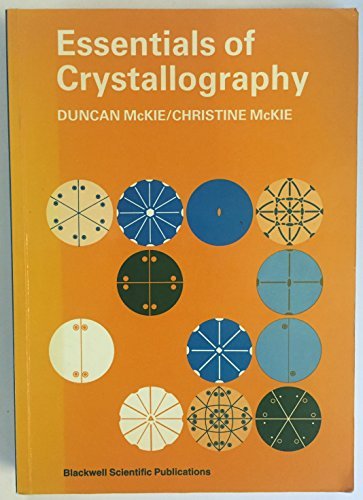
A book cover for Essentials of Crystallography (Crystalline Solids Vol 1); Duncan McKie; Science & Math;